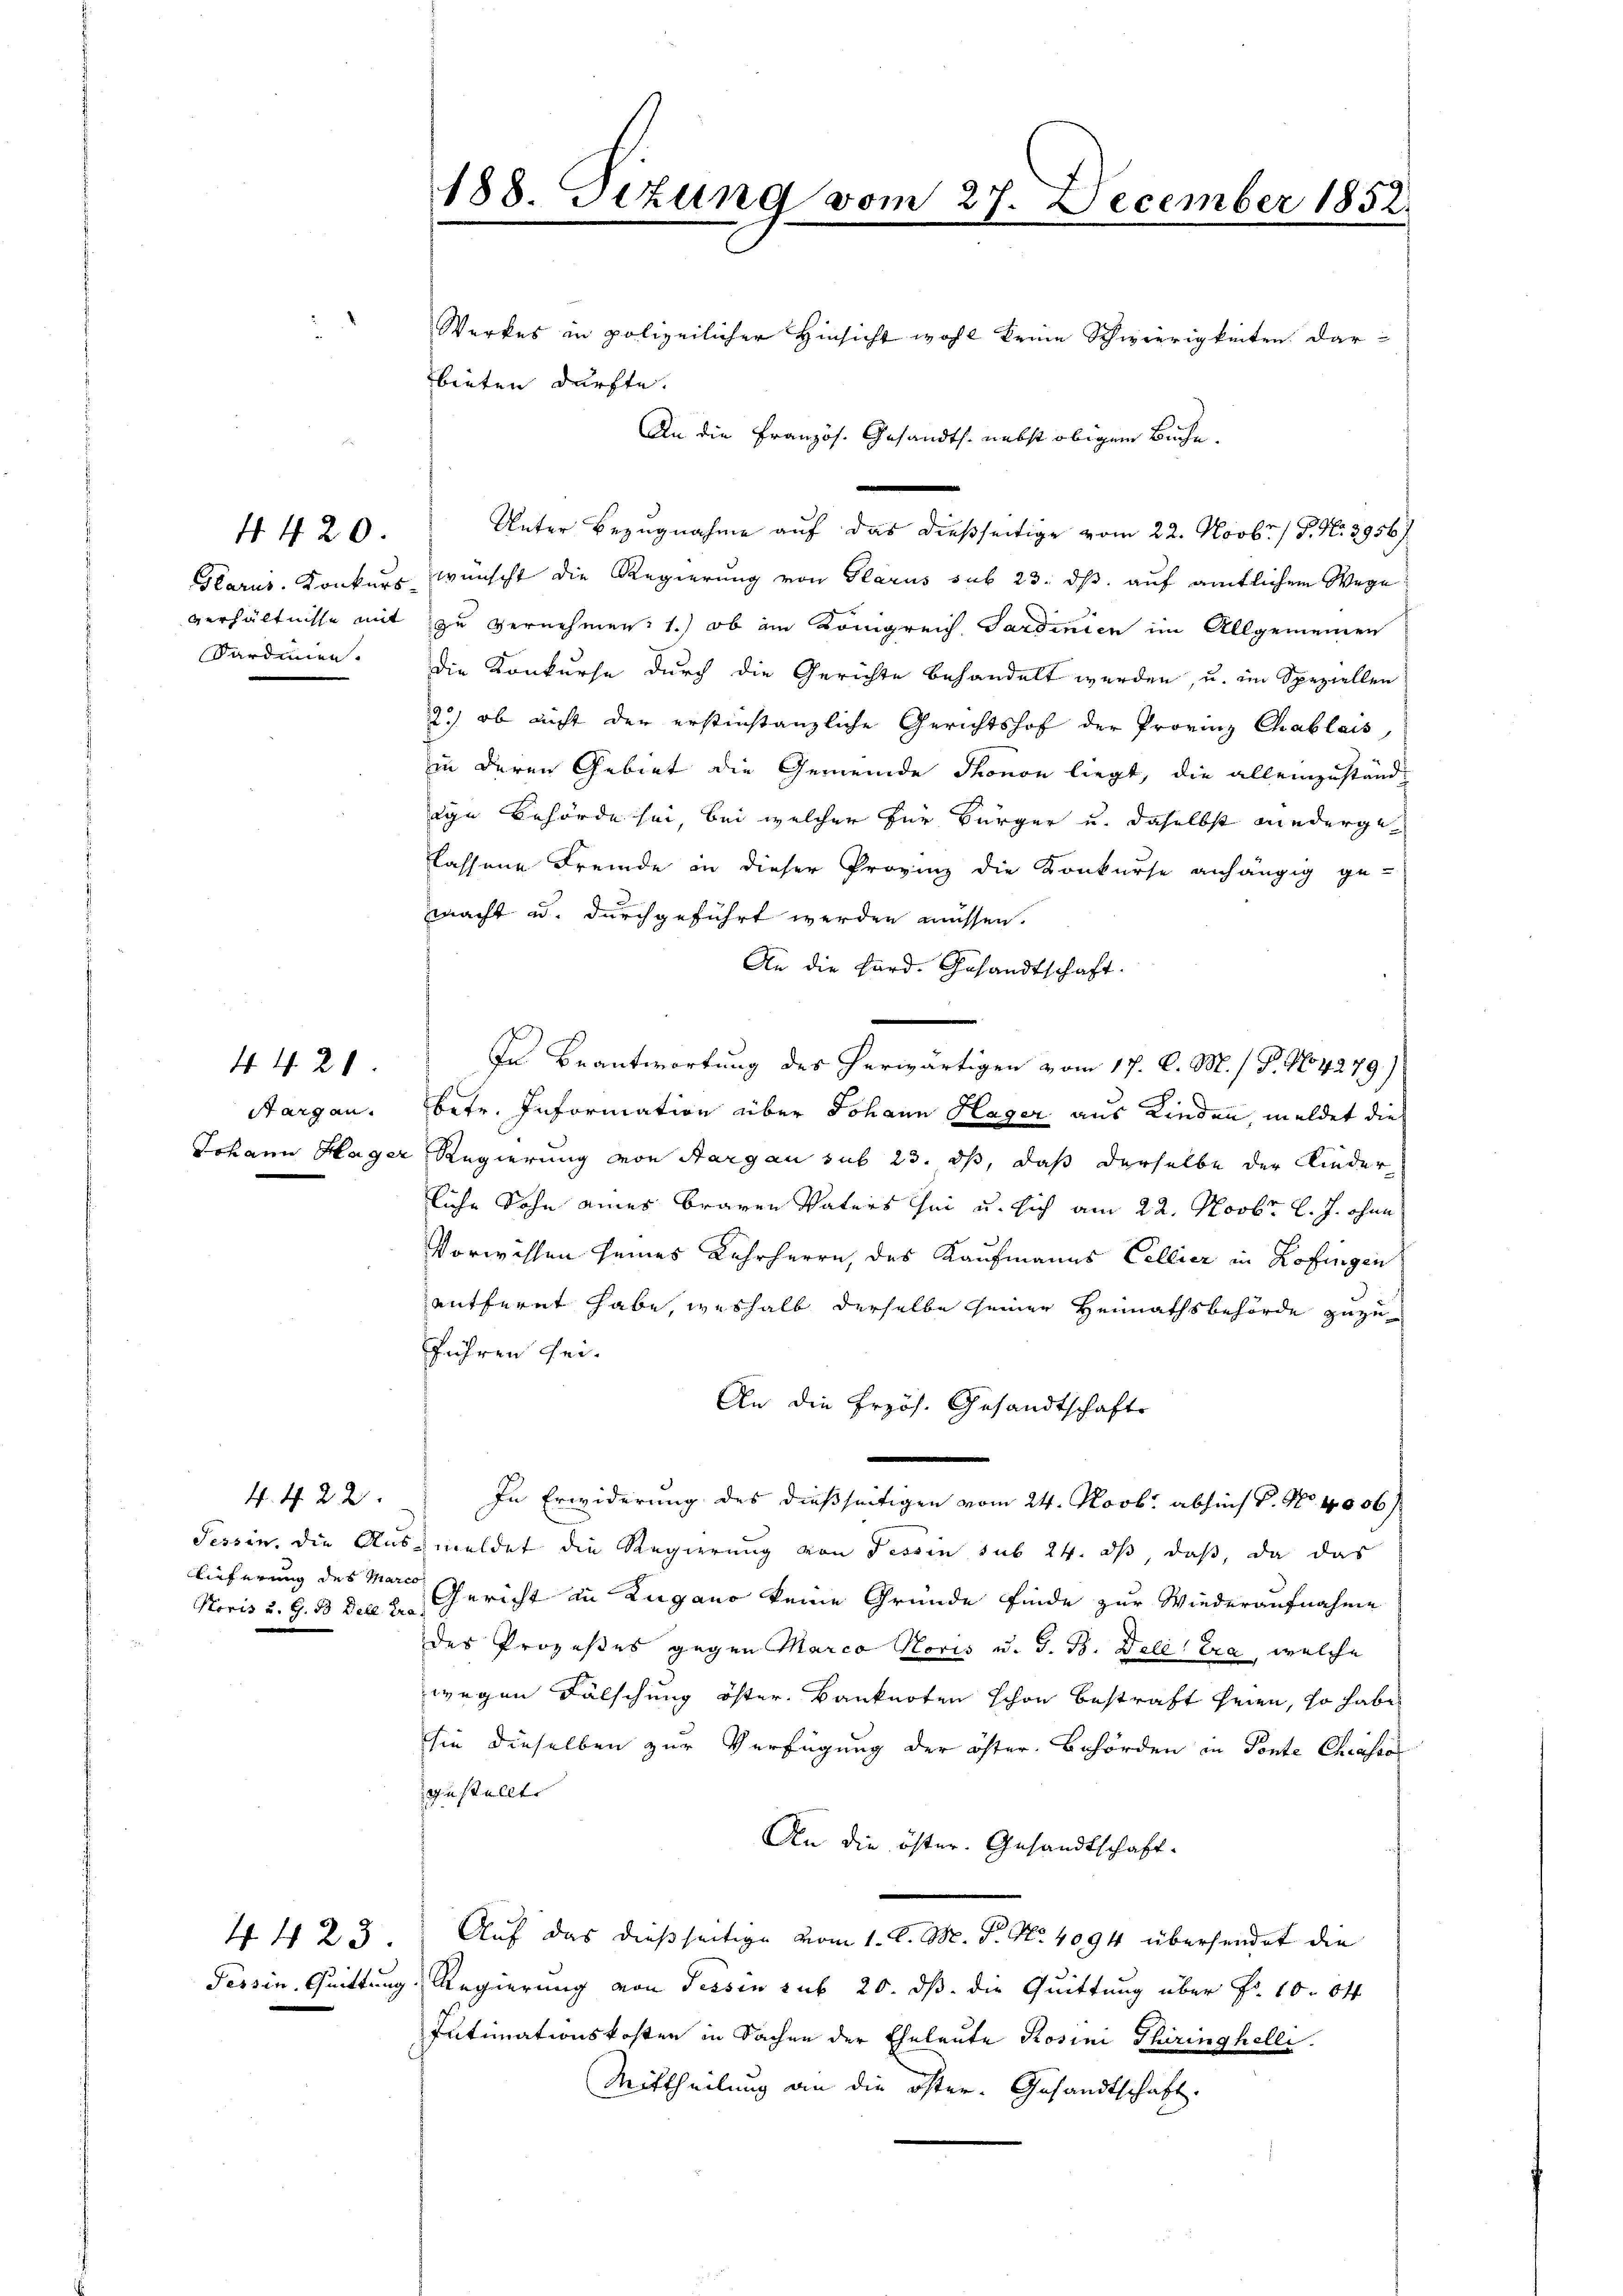
188. Tizung vom 27. December 1852.

Werkes in polizeilicher Hinsicht wohl kreie Schwierigkeiten darbieten dürfte.
Unter Bezugnahme auf das dießseitige vom 22. Novbr. / P. Nr. 2956/
Harus. Konkurs wünscht die Regierung von Glarus sub 23. ds. auf amtlichem Wege
verhältnisse mit zu vernehmen: 1.) ob im Königreich Sardinien im Allgemeinen
Sardinien. Die Konkurse durch die Gerichte behandelt werden, u. im Speziellen
2) ob nicht der erstinstanzliche Gerichtshof der Provinz Chablais
in deren Gebiet die Gemeinde Thonon liegt, die alleinzuständ
ige Behörde sei, bei welcher für Bürger u. daselbst niedergelassene Fremde in dieser Provinz die Konkurse anhängig ge-
macht u. durchgeführt werden müssen.
An die Hard. Gesandtschaft.

In Beantwortung des herwärtigen vom 17. d. M. / P. No 4279)
Aargau. Betr. Information über Johann Hager, aus Kinden, meldet die
Johann Hager Regierung von Aargau sub 23. ds, daß derselbe der Kinderliche Sohn eines braven Vaters sei u. sich am 22. Novbr. l. J. ohne
Vorwissen seines Lehrherrn, des Kaufmanns Collier in Zofingen
entfernt habe, weshalb derselbe seiner Heimathsbehörde zuzu-
führen sei.
An die Erzös. Gesandtschafts
In Erwiderung des dießseitigen vom 24. Novbr. absich P. Nr. 1006/
Tessin, die Ausmeldet die Regierung von Fessen sub 24. ds, daß, da das
Gericht in Lugano keine Gründe finde zur Wiederaufnahme
des Prozeßes gegen Marco Horis u. G. B. Deli era, welche
wegen Fälschung öfter Banknoten schon bestraft seien, so habe
sie dieselben zur Verfügung der öster Behörden in Ponte Chiasso
gestellt.
An die öster. Gesandtschaft.
44 23. Auf das dießseitige vom 1. d. M. P. No. 4094 übersendet die
Tessin, Quittung Regierung von Tessin sub 20. ds. die Quittung über Fr. 10. Okt
Intimationskosten in Sachen der Eheleute Rosini Thiringhelli
Mittheilung an die öfter. Gesandtschaft.

An die Französ. Gesandts. nebst obigem Buche.

4. 420

44. 2

4.4. 22.

lieferung des Marco
Horis u. G. B. Dell tra¬